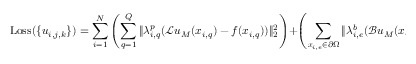
\mathrm { L o s s } ( \{ u _ { i , j , k } \} ) = \sum _ { i = 1 } ^ { N } \left( \sum _ { q = 1 } ^ { Q } \| \lambda _ { i , q } ^ { p } ( \mathcal { L } \boldsymbol { u } _ { M } ( \boldsymbol { x } _ { i , q } ) - \boldsymbol { f } ( \boldsymbol { x } _ { i , q } ) ) \| _ { 2 } ^ { 2 } \right) + \left( \sum _ { \boldsymbol { x } _ { i , e } \in \partial \Omega } \| \lambda _ { i , e } ^ { b } ( \mathcal { B } \boldsymbol { u } _ { M } ( \boldsymbol { x } _ { i , e } ) - \boldsymbol { g } ( \boldsymbol { x } _ { i , e } ) ) \| _ { 2 } ^ { 2 } \right) ,